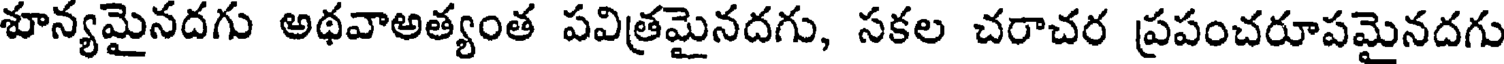
శూన్యమైనదగు అథవాఅత్యంత పవిత్రమైనదగు, సకల చరాచర ప్రపంచరూపమైనదగు